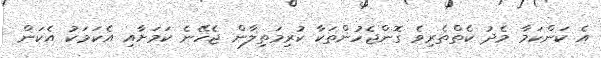
އެ ކަންކަމާ މެދު ކެތްތެރިވެ ގޮންޖެހުންތަކާ ކުރިމަތިލާން ޖެހޭނެ ކަމަށާއި އެކަމަކު އެކަން